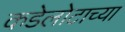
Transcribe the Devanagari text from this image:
कडेलोटाच्या